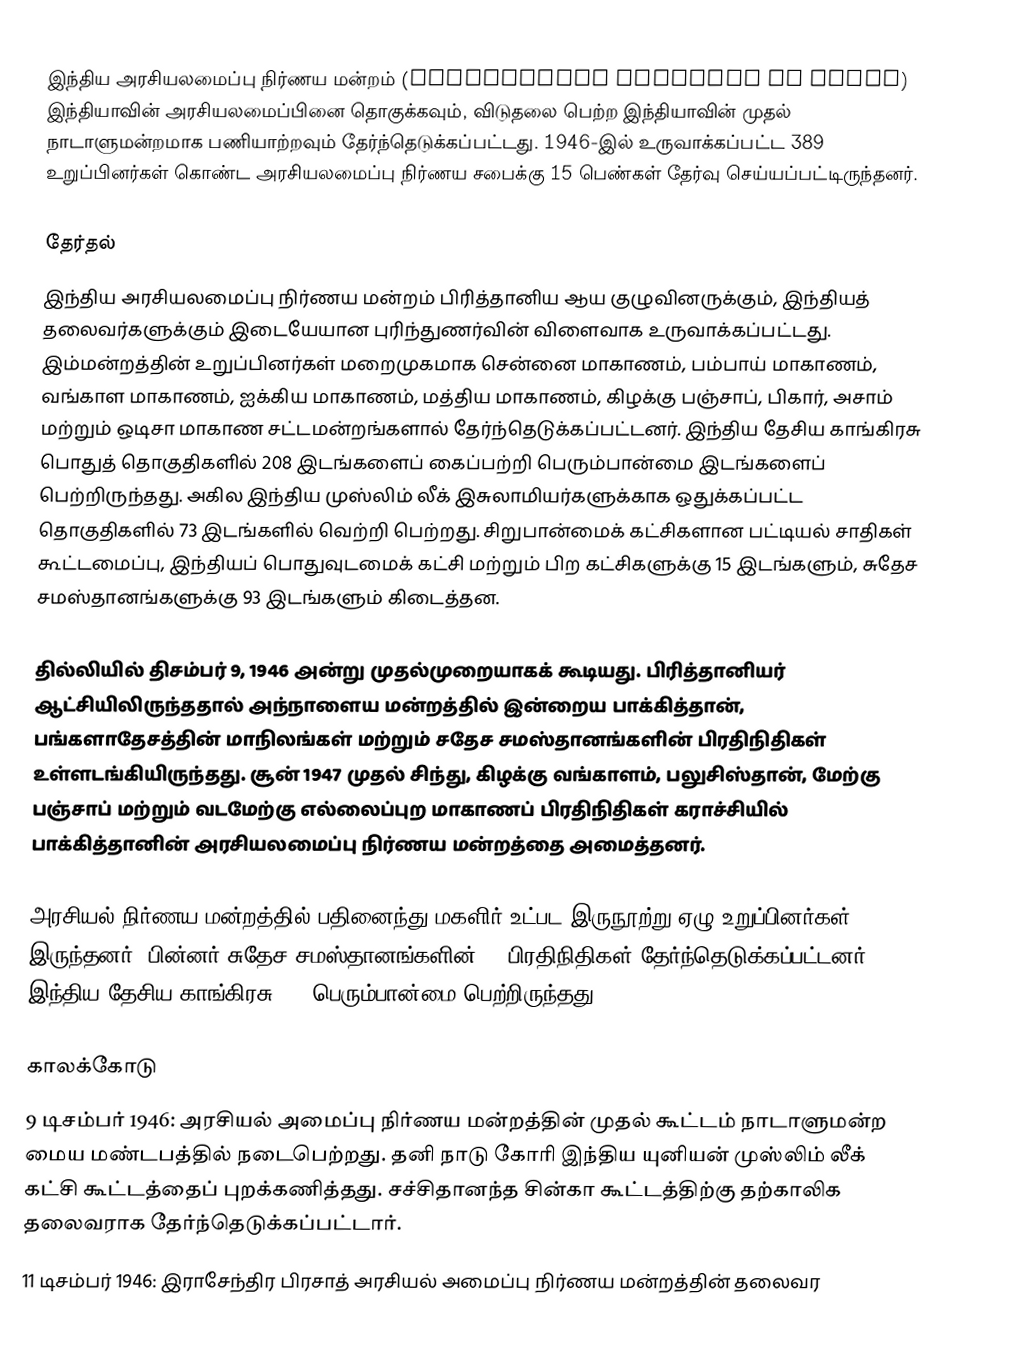
இந்திய அரசியலமைப்பு நிர்ணய மன்றம் (Constituent Assembly of India) இந்தியாவின் அரசியலமைப்பினை தொகுக்கவும், விடுதலை பெற்ற இந்தியாவின் முதல் நாடாளுமன்றமாக பணியாற்றவும் தேர்ந்தெடுக்கப்பட்டது. 1946-இல் உருவாக்கப்பட்ட 389 உறுப்பினர்கள் கொண்ட அரசியலமைப்பு நிர்ணய சபைக்கு 15 பெண்கள் தேர்வு செய்யப்பட்டிருந்தனர்.

தேர்தல்
இந்திய அரசியலமைப்பு நிர்ணய மன்றம் பிரித்தானிய ஆய குழுவினருக்கும், இந்தியத் தலைவர்களுக்கும் இடையேயான புரிந்துணர்வின் விளைவாக உருவாக்கப்பட்டது. இம்மன்றத்தின் உறுப்பினர்கள் மறைமுகமாக சென்னை மாகாணம், பம்பாய் மாகாணம், வங்காள மாகாணம், ஐக்கிய மாகாணம், மத்திய மாகாணம், கிழக்கு பஞ்சாப், பிகார், அசாம் மற்றும் ஒடிசா  மாகாண சட்டமன்றங்களால் தேர்ந்தெடுக்கப்பட்டனர். இந்திய தேசிய காங்கிரசு பொதுத் தொகுதிகளில் 208 இடங்களைப் கைப்பற்றி பெரும்பான்மை இடங்களைப் பெற்றிருந்தது. அகில இந்திய முஸ்லிம் லீக் இசுலாமியர்களுக்காக ஒதுக்கப்பட்ட தொகுதிகளில் 73 இடங்களில்  வெற்றி பெற்றது. சிறுபான்மைக் கட்சிகளான பட்டியல் சாதிகள் கூட்டமைப்பு, இந்தியப் பொதுவுடமைக் கட்சி மற்றும் பிற கட்சிகளுக்கு 15 இடங்களும், சுதேச சமஸ்தானங்களுக்கு 93  இடங்களும் கிடைத்தன.

தில்லியில் திசம்பர் 9, 1946 அன்று முதல்முறையாகக் கூடியது. பிரித்தானியர் ஆட்சியிலிருந்ததால் அந்நாளைய மன்றத்தில் இன்றைய பாக்கித்தான், பங்களாதேசத்தின் மாநிலங்கள் மற்றும் சதேச சமஸ்தானங்களின் பிரதிநிதிகள் உள்ளடங்கியிருந்தது. சூன் 1947 முதல் சிந்து, கிழக்கு வங்காளம், பலுசிஸ்தான், மேற்கு பஞ்சாப் மற்றும் வடமேற்கு எல்லைப்புற மாகாணப் பிரதிநிதிகள் கராச்சியில் பாக்கித்தானின் அரசியலமைப்பு நிர்ணய மன்றத்தை அமைத்தனர்.

அரசியல் நிர்ணய மன்றத்தில் பதினைந்து மகளிர் உட்பட இருநூற்று ஏழு உறுப்பினர்கள் இருந்தனர். பின்னர் சுதேச சமஸ்தானங்களின் 93 பிரதிநிதிகள் தேர்ந்தெடுக்கப்பட்டனர். இந்திய தேசிய காங்கிரசு 82% பெரும்பான்மை பெற்றிருந்தது.

காலக்கோடு
9 டிசம்பர் 1946:  அரசியல் அமைப்பு நிர்ணய மன்றத்தின் முதல் கூட்டம் நாடாளுமன்ற மைய மண்டபத்தில் நடைபெற்றது. தனி நாடு கோரி இந்திய யுனியன் முஸ்லிம் லீக் கட்சி கூட்டத்தைப் புறக்கணித்தது. சச்சிதானந்த சின்கா கூட்டத்திற்கு தற்காலிக தலைவராக தேர்ந்தெடுக்கப்பட்டார்.
11 டிசம்பர் 1946: இராசேந்திர பிரசாத் அரசியல் அமைப்பு நிர்ணய மன்றத்தின் தலைவர